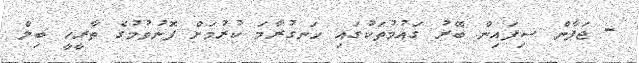
- ޖަޕާން ސިފައިން ބޭރު ގައުމުތަކުގައި ހަނގުރާމަ ކުރުމަށް ފޮނުވުމުގެ ތާރީޚީ ބިލް